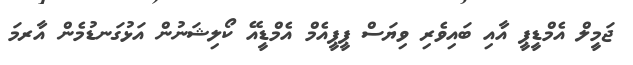
ޖަމީލް އެމްޑީޕީ އާއި ބައިވެރި ވިޔަސް ޕީޕީއެމް އެމްޑީއޭ ކޯލިޝަނުން އަޅުގަނޑުމެން އާރމަ